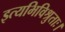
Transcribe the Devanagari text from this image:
इत्यभिविश्रुताः।